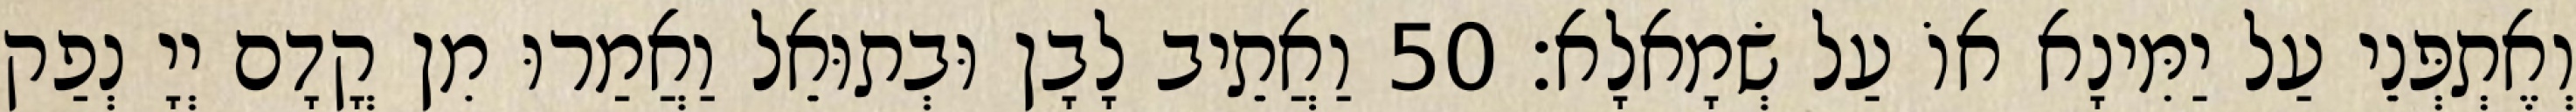
וְאֶתְפְּנֵי עַל יַמִּינָא אוֹ עַל שְׂמָאלָא׃ 50 וַאֲתֵיב לָבָן וּבְתוּאֵל וַאֲמַרוּ מִן קֳדָם יְיָ נְפַק